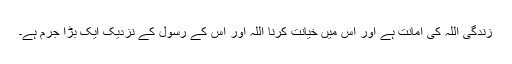
زندگی اللہ کی امانت ہے اور اس میں خیانت کرنا اللہ اور اس کے رسولؐ کے نزدیک ایک بڑا جرم ہے۔